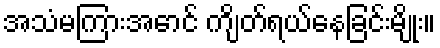
အသံမကြားအောင် ကျိတ်ရယ်နေခြင်းမျိုး။